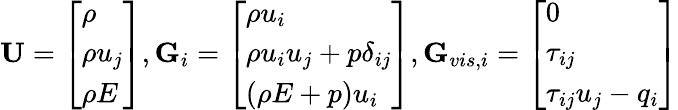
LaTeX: \textbf{U}=\left[\begin{array}{l}{\rho}\\ {\rho u_{j}}\\ {\rho E}\end{array}\right],\textbf{G}_{i}=\left[\begin{array}{l}{\rho u_{i}}\\ {\rho u_{i}u_{j}+p\delta_{ij}}\\ {(\rho E+p)u_{i}}\end{array}\right],\textbf{G}_{vis,i}=\left[\begin{array}{l}{0}\\ {\tau_{ij}}\\ {\tau_{ij}u_{j}-q_{i}}\end{array}\right]